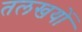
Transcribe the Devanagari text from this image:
तलखयों